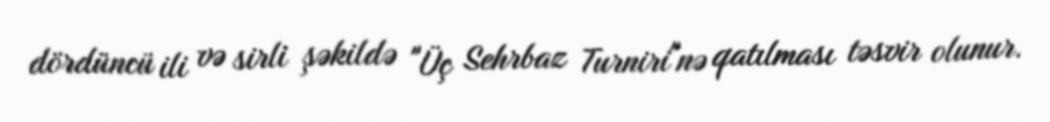
dördüncü ili və sirli şəkildə "Üç Sehrbaz Turniri"nə qatılması təsvir olunur.